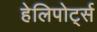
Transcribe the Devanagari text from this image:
हेलिपोर्ट्स